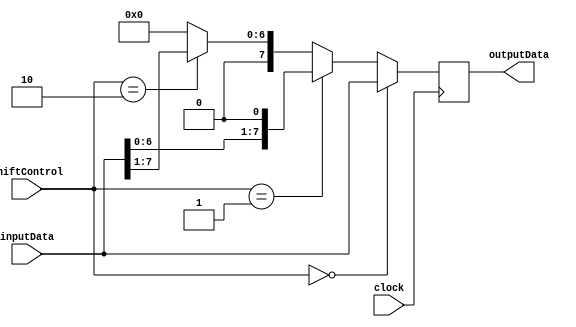
module FixedPointShiftRegister (
    input [7:0] inputData,
    input [1:0] shiftControl,
    output reg [7:0] outputData,
    input clock
);

reg [7:0] shiftedData;

always @(posedge clock) begin
    if (shiftControl == 2'b00) // no shift
        shiftedData = inputData;
    else if (shiftControl == 2'b01) // shift left
        shiftedData = {inputData[6:0], 1'b0};
    else if (shiftControl == 2'b10) // shift right
        shiftedData = {1'b0, inputData[7:1]};
    else // invalid control signal
        shiftedData = 8'b0;
end

assign outputData = shiftedData;

endmodule